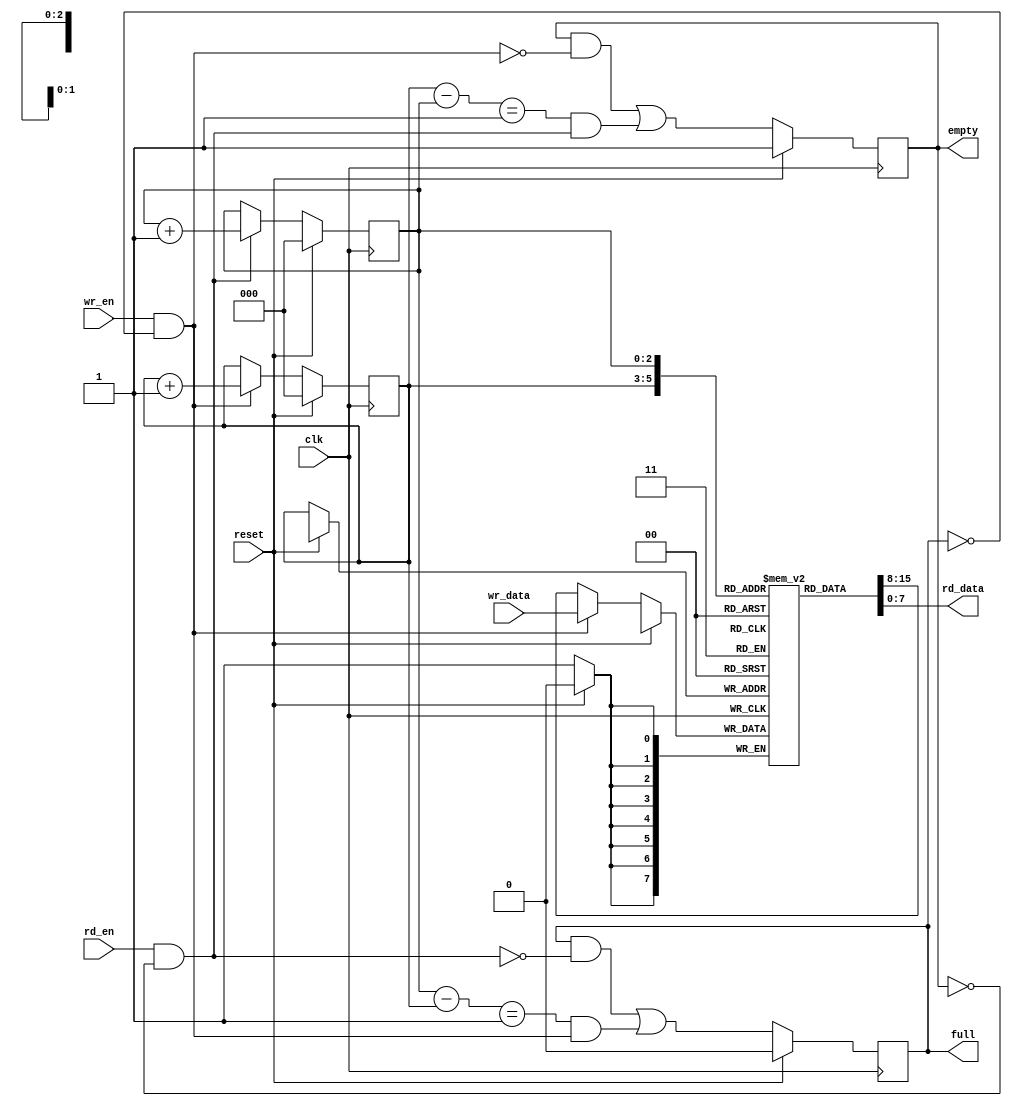
module fifo_25
#(
  parameter DATA_BITS = 8,
  parameter ADDR_BITS = 3
)
(
  input  wire                 clk,      
  input  wire                 reset,    
  input  wire                 rd_en,    
  input  wire                 wr_en,    
  input  wire [DATA_BITS-1:0] wr_data,  
  output wire [DATA_BITS-1:0] rd_data,  
  output wire                 full,     
  output wire                 empty     
);
reg  [ADDR_BITS-1:0] q_rd_ptr;
wire [ADDR_BITS-1:0] d_rd_ptr;
reg  [ADDR_BITS-1:0] q_wr_ptr;
wire [ADDR_BITS-1:0] d_wr_ptr;
reg                  q_empty;
wire                 d_empty;
reg                  q_full;
wire                 d_full;
reg  [DATA_BITS-1:0] q_data_array [2**ADDR_BITS-1:0];
wire [DATA_BITS-1:0] d_data;
wire rd_en_prot;
wire wr_en_prot;
always @(posedge clk)
  begin
    if (reset)
      begin
        q_rd_ptr <= 0;
        q_wr_ptr <= 0;
        q_empty  <= 1'b1;
        q_full   <= 1'b0;
      end
    else
      begin
        q_rd_ptr               <= d_rd_ptr;
        q_wr_ptr               <= d_wr_ptr;
        q_empty                <= d_empty;
        q_full                 <= d_full;
        q_data_array[q_wr_ptr] <= d_data;
      end
  end
assign rd_en_prot = (rd_en && !q_empty);
assign wr_en_prot = (wr_en && !q_full);
assign d_wr_ptr = (wr_en_prot)  ? q_wr_ptr + 1'h1 : q_wr_ptr;
assign d_data   = (wr_en_prot)  ? wr_data         : q_data_array[q_wr_ptr];
assign d_rd_ptr = (rd_en_prot)  ? q_rd_ptr + 1'h1 : q_rd_ptr;
wire [ADDR_BITS-1:0] addr_bits_wide_1;
assign addr_bits_wide_1 = 1;
assign d_empty = ((q_empty && !wr_en_prot) ||
                  (((q_wr_ptr - q_rd_ptr) == addr_bits_wide_1) && rd_en_prot));
assign d_full  = ((q_full && !rd_en_prot) ||
                  (((q_rd_ptr - q_wr_ptr) == addr_bits_wide_1) && wr_en_prot));
assign rd_data = q_data_array[q_rd_ptr];
assign full    = q_full;
assign empty   = q_empty;
endmodule